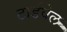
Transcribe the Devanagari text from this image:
टार्डवेल